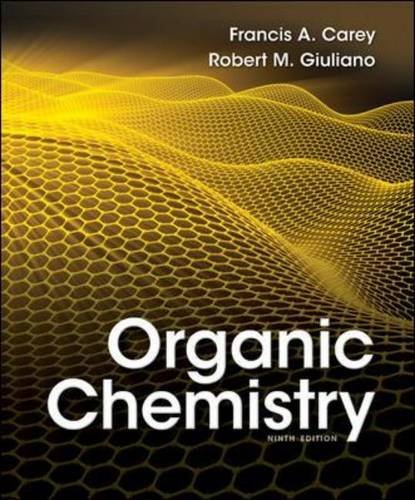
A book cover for Organic Chemistry, 9th Edition; Francis Carey; Medical Books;